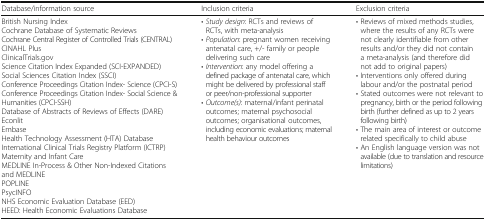
<table><thead><tr><td><b>Database/information source</b></td><td><b>Inclusion criteria</b></td><td><b>Exclusion criteria</b></td></tr></thead><tbody><tr><td>British Nursing IndexCochrane Database of Systematic ReviewsCochrane Central Register of Controlled Trials (CENTRAL)CINAHL PlusClinicalTrials.govScience Citation Index Expanded (SCI-EXPANDED)Social Sciences Citation Index (SSCI)Conference Proceedings Citation Index- Science (CPCI-S)Conference Proceedings Citation Index- Social Science &amp; Humanities (CPCI-SSH)Database of Abstracts of Reviews of Effects (DARE)EconlitEmbaseHealth Technology Assessment (HTA) DatabaseInternational Clinical Trials Registry Platform (ICTRP)Maternity and Infant CareMEDLINE In-Process &amp; Other Non-Indexed Citations and MEDLINEPOPLINEPsycINFONHS Economic Evaluation Database (EED)HEED: Health Economic Evaluations Database</td><td>• <i>Study design</i>: RCTs and reviews of RCTs, with meta-analysis• <i>Population</i>: pregnant women receiving antenatal care, +/- family or people delivering such care• <i>Intervention</i>: any model offering a defined package of antenatal care, which might be delivered by professional staff or peer/non-professional supporter• <i>Outcome(s)</i>: maternal/infant perinatal outcomes; maternal psychosocial outcomes; organisational outcomes, including economic evaluations; maternal health behaviour outcomes</td><td>• Reviews of mixed methods studies, where the results of any RCTs were not clearly identifiable from other results and/or they did not contain a meta-analysis (and therefore did not add to original papers)• Interventions only offered during labour and/or the postnatal period• Stated outcomes were not relevant to pregnancy, birth or the period following birth (further defined as up to 2 years following birth)• The main area of interest or outcome related specifically to child abuse• An English language version was not available (due to translation and resource limitations)</td></tr></tbody></table>